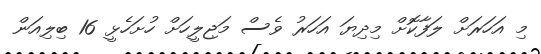
މި އަހަރަށް ލަފާކޮށް މިދިޔަ އަހަރު ވެސް މަޖިލީހަށް ހުށަހެޅީ 16 ބިލިއަން